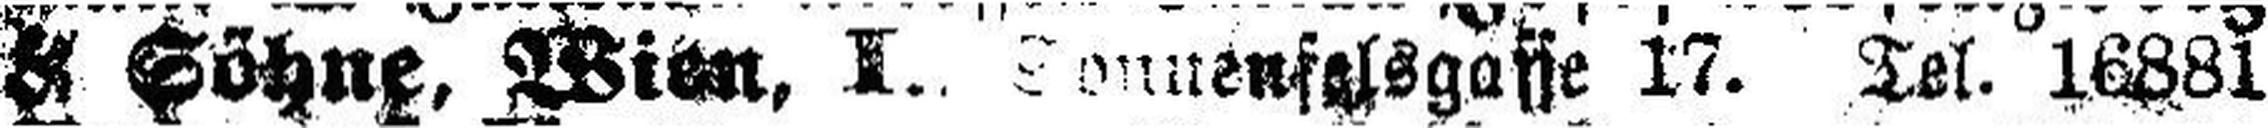
& Söhne, Wien, I. Sonnenfelsgasse 17. Tel. 16881